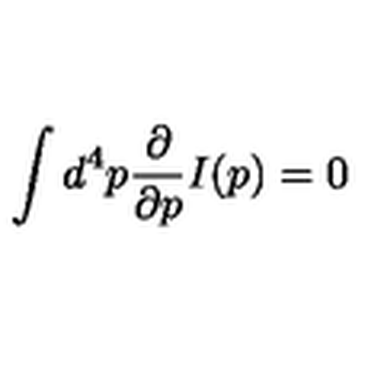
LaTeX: \int d ^ { 4 } p { \frac { \partial } { \partial p } } I ( p ) = 0